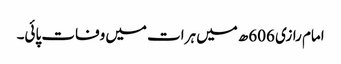
امام رازی 606ھ میں ہرات میں وفات پائی۔